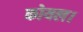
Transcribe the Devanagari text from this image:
कोयल।